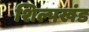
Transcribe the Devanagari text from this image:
शिल्पखंड